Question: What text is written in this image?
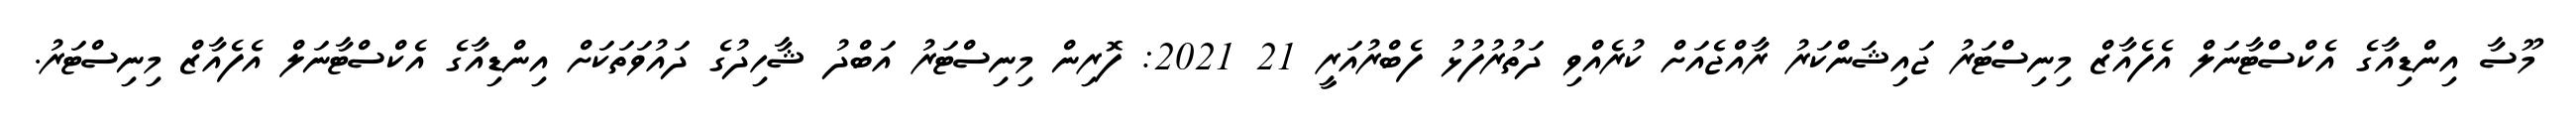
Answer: މޫސާ އިންޑިއާގެ އެކްސްޓާނަލް އެފެއާޒް މިނިސްޓަރު ޖައިޝަންކަރު ރާއްޖެއަށް ކުރެއްވި ދަތުރުފުޅު ފެބްރުއަރީ 21 2021: ފޮރިން މިނިސްޓަރު އަބްދު ޝާހިދުގެ ދައުވަތަކަށް އިންޑިއާގެ އެކްސްޓާނަލް އެފެއާޒް މިނިސްޓަރު.